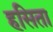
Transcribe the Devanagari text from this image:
हसिता